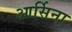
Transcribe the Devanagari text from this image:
आर्सिना